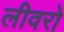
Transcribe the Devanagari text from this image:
लीवरो